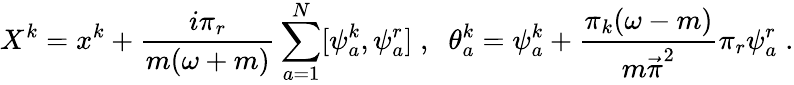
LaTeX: X^{k}=x^{k}+\frac{i\pi_{r}}{m(\omega+m)}\sum_{a=1}^{N}[\psi_{a}^{k},\psi_{a}^{r}]\; ,\; \; \theta_{a}^{k}=\psi_{a}^{k}+\frac{\pi_{k}(\omega-m)}{{m\vec{\pi}}^{2}}\pi_{r}\psi_{a}^{r}\; .